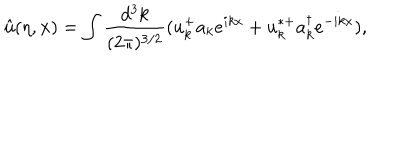
LaTeX: { \hat { u } } ( \eta , { \bf x } ) = \int \frac { d ^ { 3 } k } { ( 2 \pi ) ^ { 3 / 2 } } ( u _ { k } ^ { + } a _ { k } e ^ { i k x } + u _ { k } ^ { * + } a _ { k } ^ { \dagger } e ^ { - i k x } ) ,